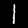
Label: 1